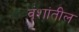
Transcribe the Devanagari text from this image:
वंशांतील